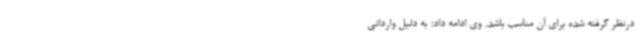
درنظر گرفته شده برای آن مناسب باشد. وی ادامه داد: به‌ دلیل وارداتی